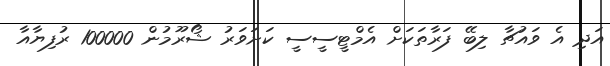
އަދި އެ ވައުޗާ ލިބޭ ފަރާތަކަށް އެމްޓީސީސީ ކަށަވަރު ޝޯރޫމުން 100000 ރުފިޔާއާ